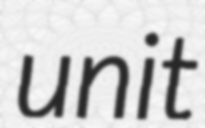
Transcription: unit